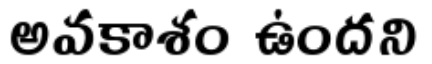
అవకాశం ఉందని